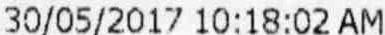
30/05/2017 10:18:02 AM